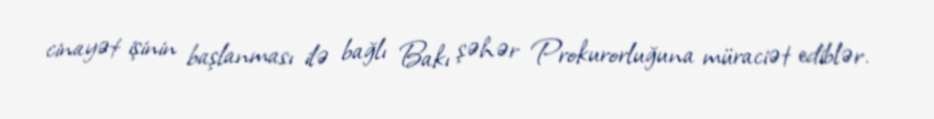
cinayət işinin başlanması ilə bağlı Bakı şəhər Prokurorluğuna müraciət ediblər.